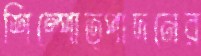
শিল্পোত্পাদনের